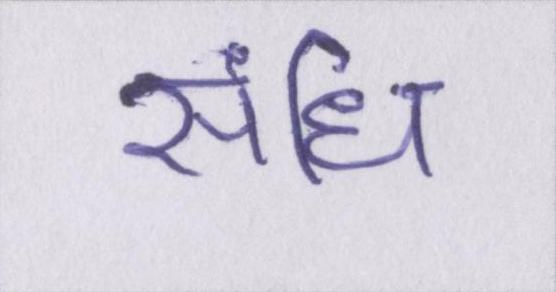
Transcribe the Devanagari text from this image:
संधि